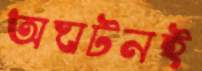
অঘটনই